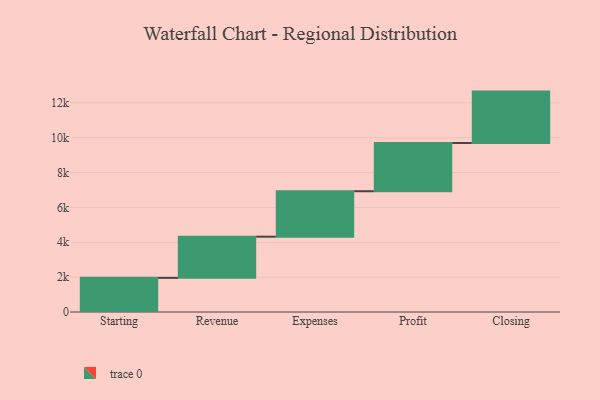
{"axis": {"x": "Step", "y": "Value"}, "legend": [""], "data": [{"x": "Starting", "y": 1959.0, "type": ""}, {"x": "Revenue", "y": 2363.0, "type": ""}, {"x": "Expenses", "y": 2608.0, "type": ""}, {"x": "Profit", "y": 2769.0, "type": ""}, {"x": "Closing", "y": 2948.0, "type": ""}]}